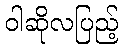
ဝါဆိုလပြည့်